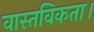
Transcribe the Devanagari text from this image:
वास्तविकता।